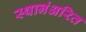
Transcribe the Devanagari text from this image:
स्थानंअरित